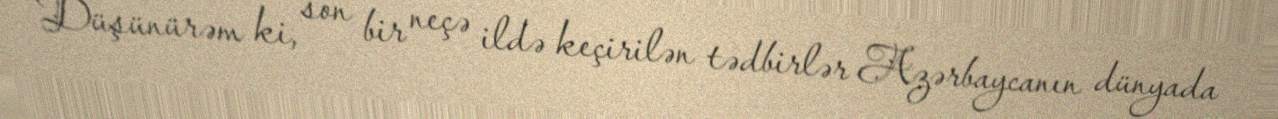
Düşünürəm ki, son bir neçə ildə keçirilən tədbirlər Azərbaycanın dünyada